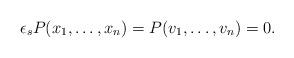
LaTeX: \begin{align*}\epsilon_sP(x_1, \ldots, x_n)=P(v_1, \ldots, v_n)=0.\end{align*}